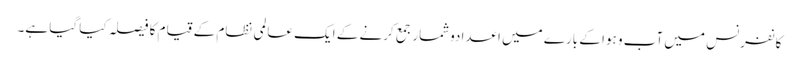
کانفرنس میں آب و ہوا کے بارے میں اعدادوشمار جمع کرنے کے ایک عالمی نظام کے قیام کا فیصلہ کیا گیا ہے۔